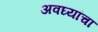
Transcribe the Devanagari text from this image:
अवघ्यांचा